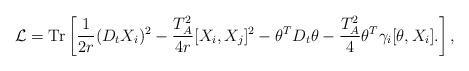
LaTeX: \begin{align*} {\cal L} = \mbox{Tr} \left[ \frac{1}{2r} ( D_t X_i )^2 - \frac{T_A^2 }{4r} [X_i,X_j]^2 - \theta^T D_t \theta - \frac{T_A^2 }{4} \theta^T \gamma_i [\theta, X_i]. \right],\end{align*}